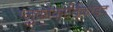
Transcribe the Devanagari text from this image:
ग्लुकोकोर्तिकोइद